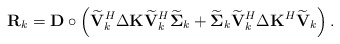
\begin{align*}\mathbf{R}_k = \mathbf{D} \circ \left(\widetilde{\mathbf{V}}_k^H\Delta\mathbf{K}\widetilde{\mathbf{V}}_k^H\widetilde{\boldsymbol{\Sigma}}_k + \widetilde{\boldsymbol{\Sigma}}_k\widetilde{\mathbf{V}}_k^H \Delta\mathbf{K}^H\widetilde{\mathbf{V}}_k\right).\end{align*}